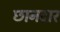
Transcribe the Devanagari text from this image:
छानदार